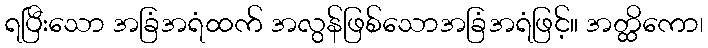
ရပြီးသော အခြံအရံထက် အလွန်ဖြစ်သောအခြံအရံဖြင့်။ အတ္ထိကော၊